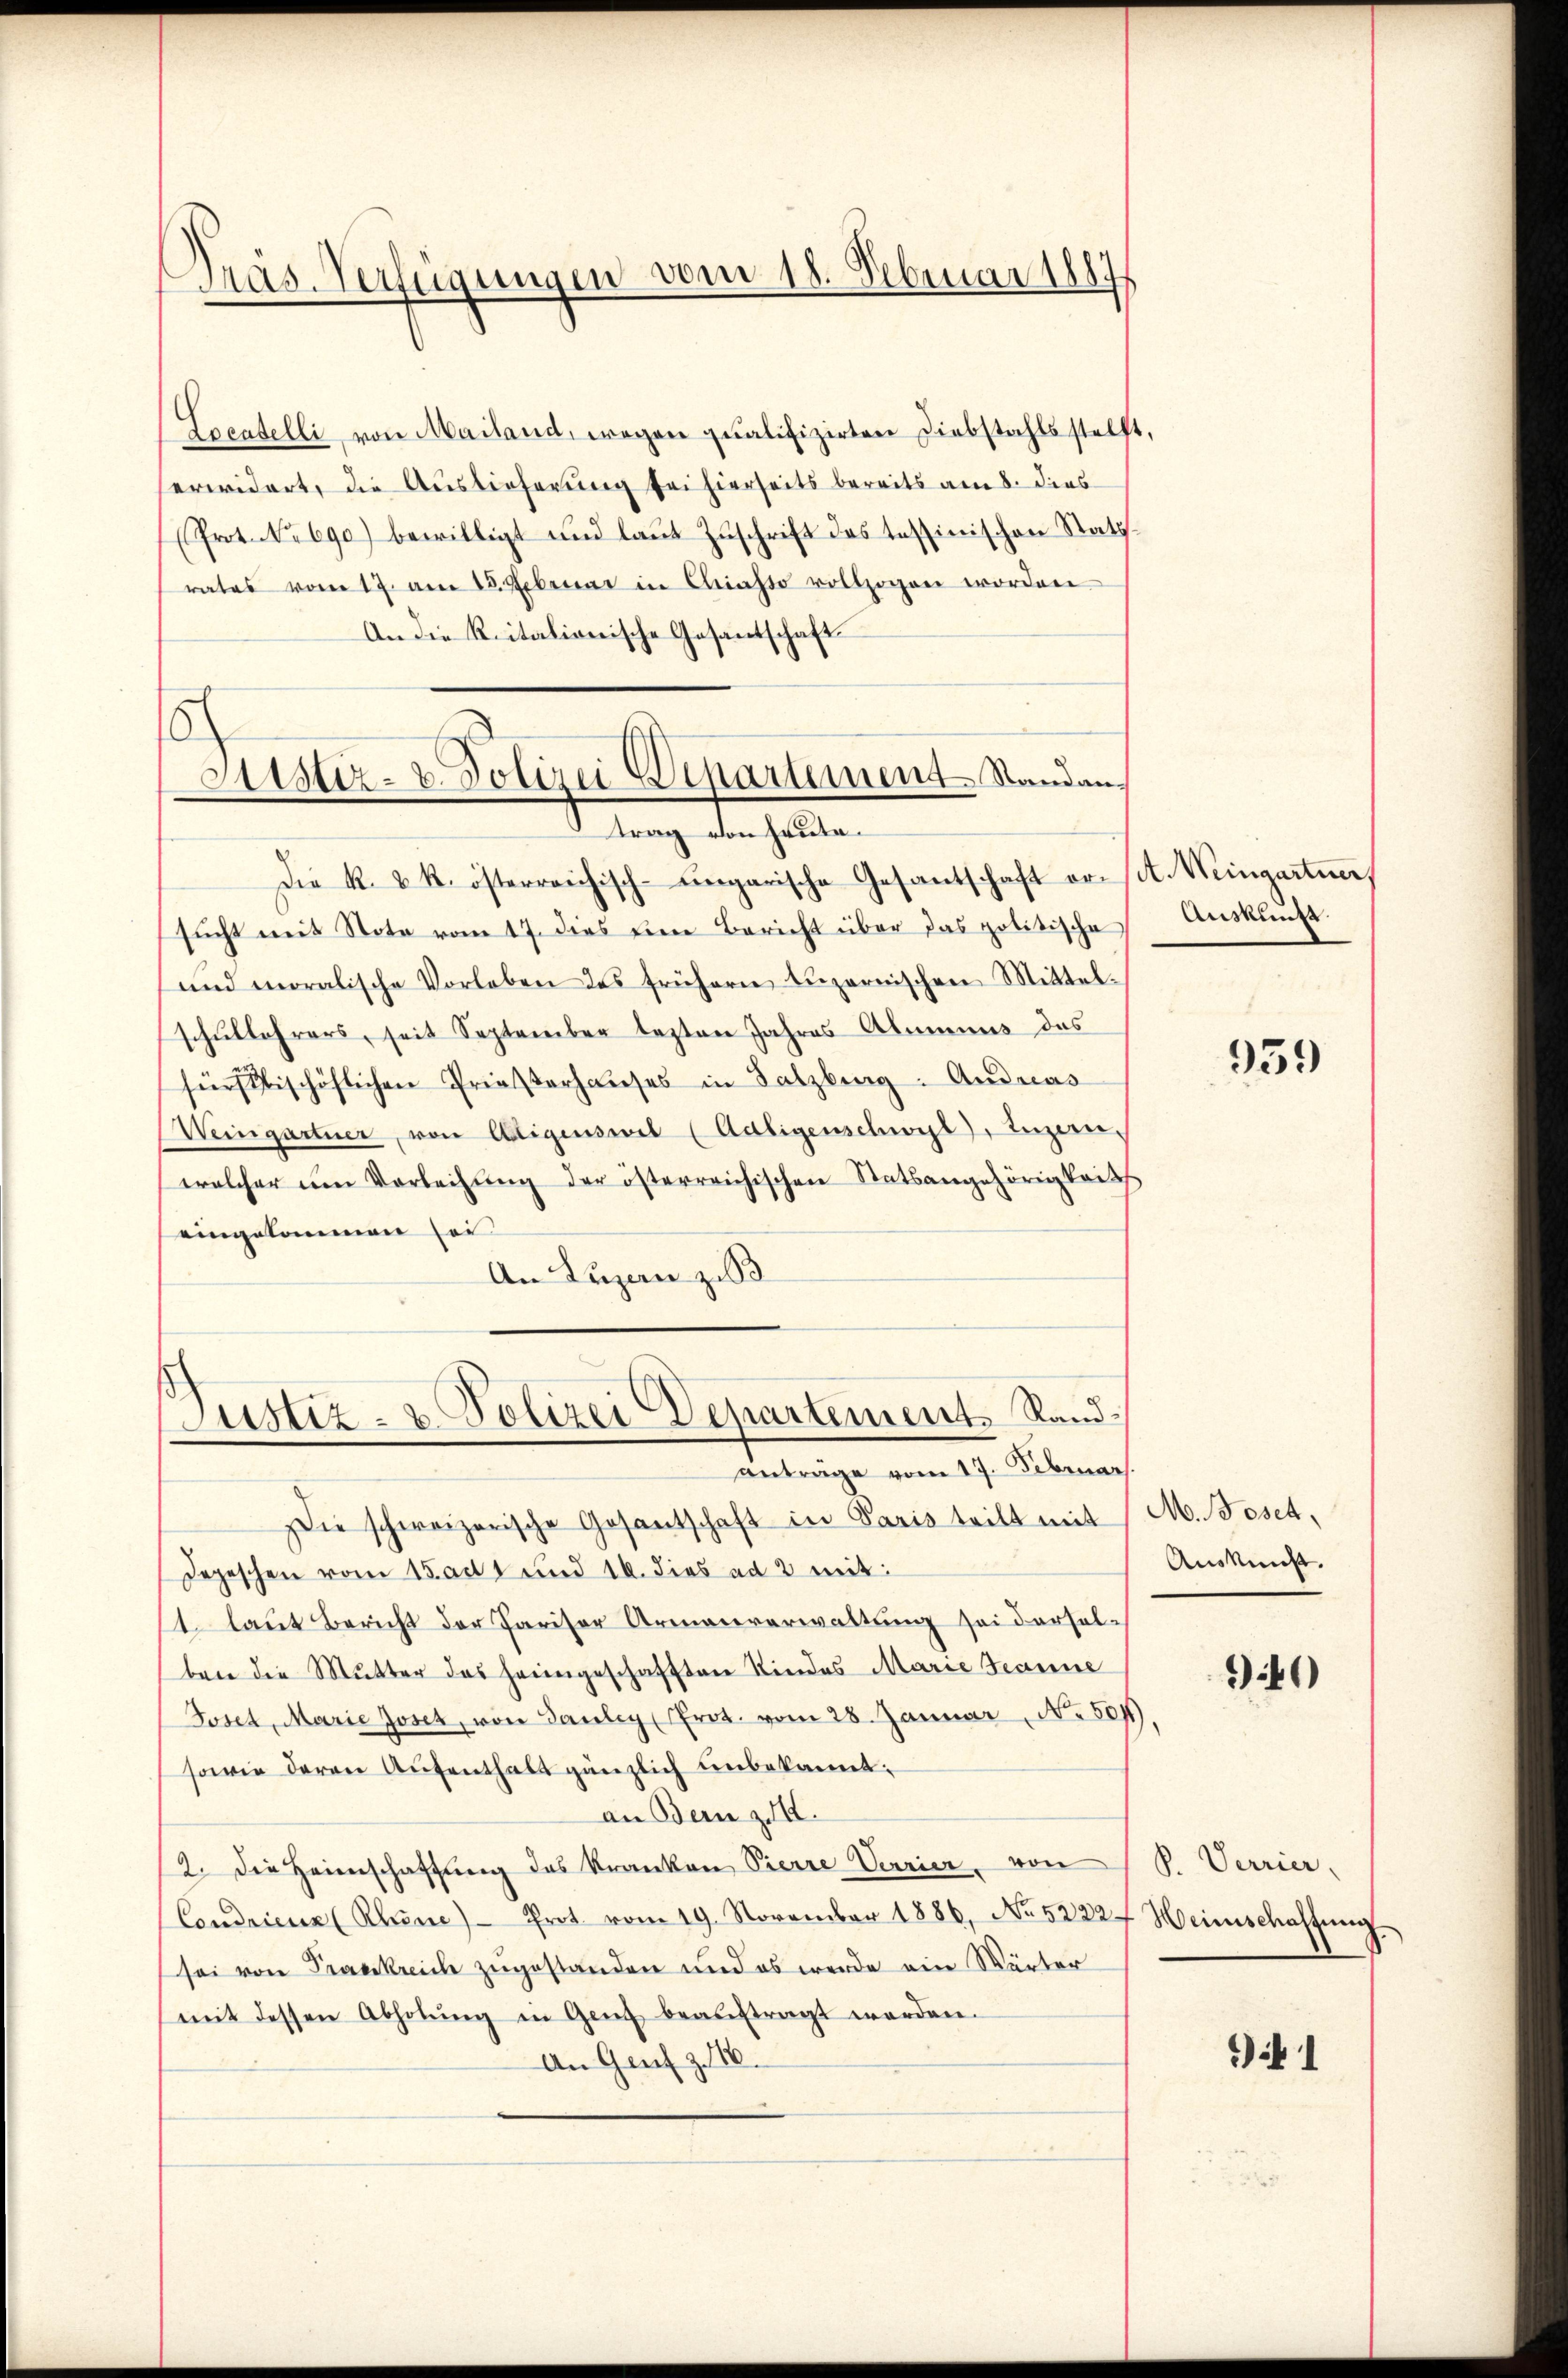
Präs. Verfügungen vom 18. Februar 1887

Locatelli, von Mailand, wegen qualifizirten Diebstahls stellt,
erwidert, die Auslieferung sei hierseits bereits am 8. dies
Prot. No 690) bewilligt und laŭt Zŭschrift das tessinischen Rath.
rates vom 17. am 15. Februar in Chiasso vollzogen worden
An die Reitalionische Gesantschaft

Justiz- u. Polizei Departement Standan
Trag von heute.

Die k. k. österreichisch-ungarische Gesantschaft ersŭcht mit Note vom 17. dies ein Bericht über das politische Auskunft.
und moralische Vorleben des frühern Lŭzernischen Mittel-
schŭllehrers, seit September lezten Jahres Alumnus des
fürstischöflichen Priesterhaŭses in Salzburg. Andreas
Weingartner, von Aligenswil (Adligenschwyl), Luzern,
welcher um Vorleihung der österreichischen Statsangehörigkeits
eingekommen sei
An Luzen zu
Die schweizerische Gesantschaft in Paris teilt mit M. Geset,
Depeschen vom 15.a. 1 und 10. dies ad 2 mit:
1. laut Bericht der Pariser Armenverwaltung sei derselben die Mutter das heimgeschafften Kindes Marie Tanne
Foset, Marie Joser, von Sauley (Prot. vom 28. Januar No 807,
sowie deren Aŭfenthalt gänzlich unbekannt:
an Bern z.
2. Die Heimschaftung des Kranken Pierre Verrier, von
Condrieur (Rheine Prot. vom 19. November 1886, No 5222. Heimschaffŭng
sei von Frankreich zugestanden und es werde ein Wärter
mit dessen Abholŭng in Genf beaŭftragt worden.
An Genf z. 10.

Justiz- u. Polizei Departement. Randanträge vom 17. Februar.

A. Weingartner

Auskunft.

959

40)

P. Verrier,

) 1